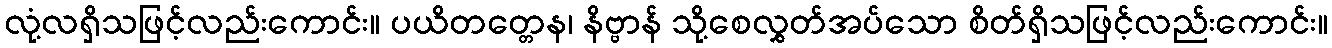
လုံ့လရှိသဖြင့်လည်းကောင်း။ ပယိတတ္တေန၊ နိဗ္ဗာန် သို့စေလွှတ်အပ်သော စိတ်ရှိသဖြင့်လည်းကောင်း။